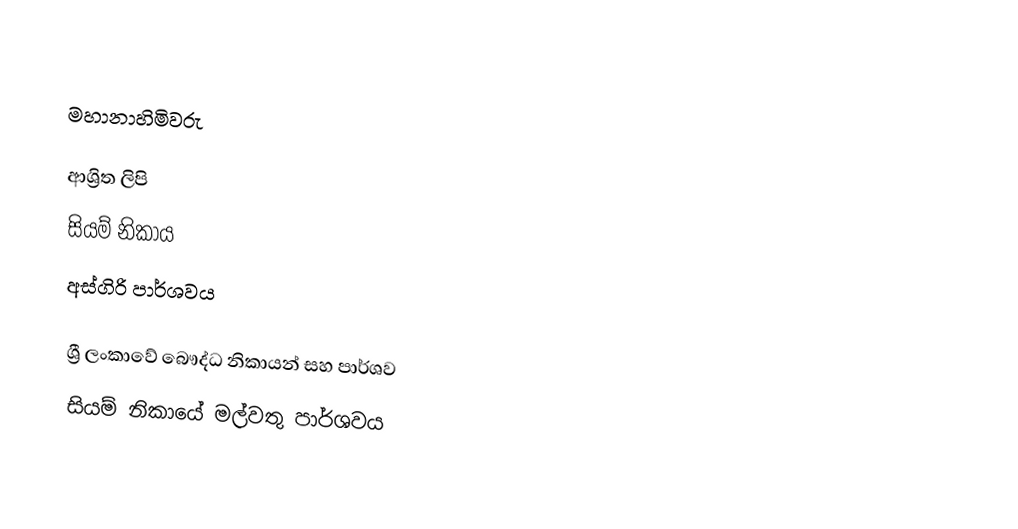

මහානාහිමිවරු

ආශ්‍රිත ලිපි
 සියම් නිකාය
 අස්ගිරි පාර්ශවය

ශ්‍රී ලංකාවේ බෞද්ධ නිකායන් සහ පාර්ශව
සියම් නිකායේ මල්වතු පාර්ශවය